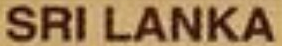
SRI LANKA